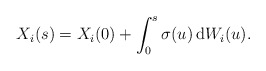
\begin{align*}X_{i}(s)=X_{i}(0)+\int_{0}^{s}\sigma (u)\, \mathrm{d} W_i (u).\end{align*}